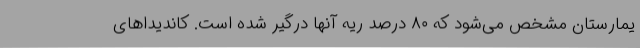
یمارستان مشخص می‌شود که ۸۰ درصد ریه آنها درگیر شده است. کاندیداهای